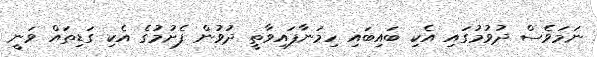
ނަމަވެސް ދުވުމުގައި އެކި ބައިބައި ހިމަނާފައިވާތީ ދުވުން ފެށުމުގެ އެކި ގަޑިތައް ވަނީ